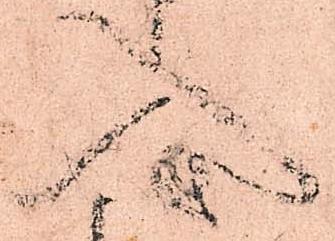
入